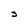
Character: s